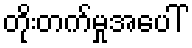
တိုးတက်မှုအပေါ်